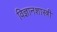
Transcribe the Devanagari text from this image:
विज्ञानशास्त्री